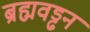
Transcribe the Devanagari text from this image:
ब्रह्मवड्ढन